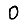
Digit: 0